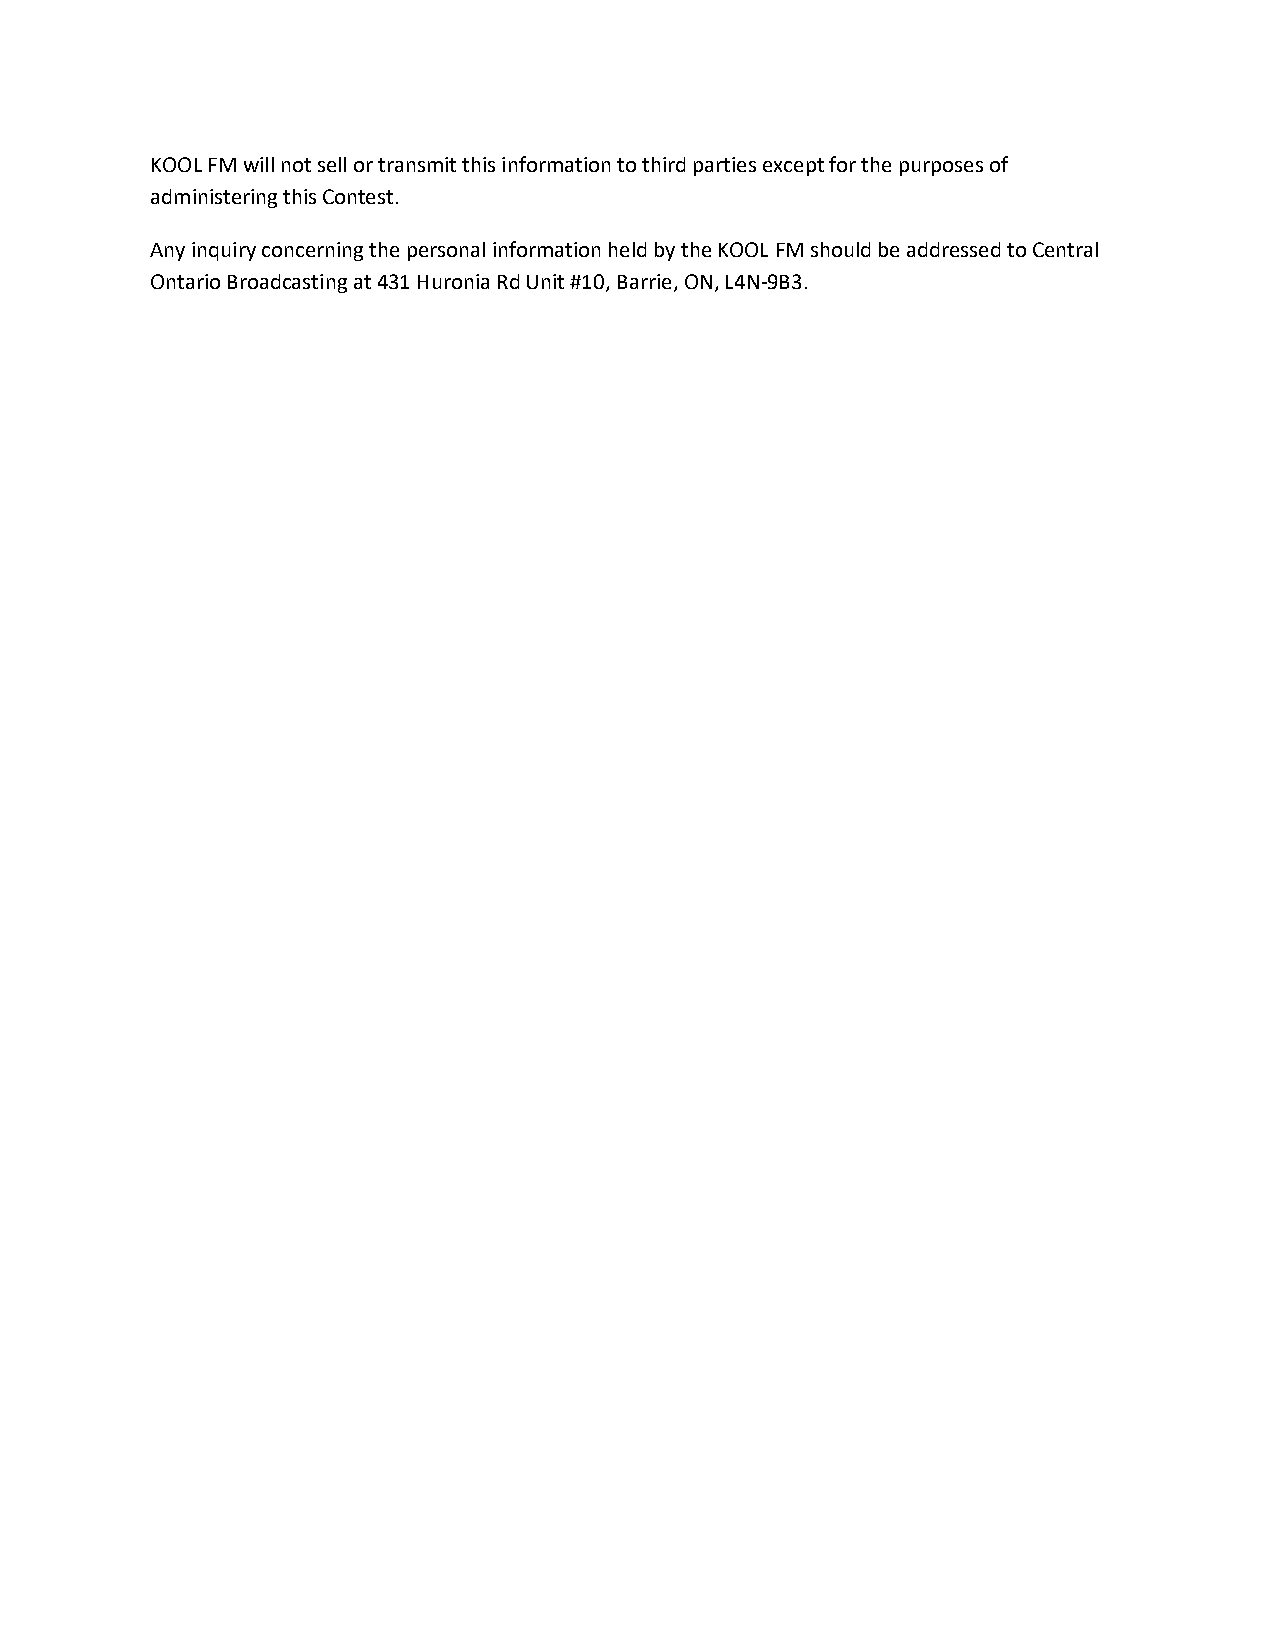
KOOL FM will not sell or transmit this information to third parties except for the purposes of
 administering this Contest.
 Any inquiry concerning the personal information held by the KOOL FM should be addressed to Central
 Ontario Broadcasting at 431 Huronia Rd Unit #10, Barrie, ON, L4N-9B3.